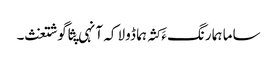
ساما ہما رنگ ءَ کثہ ہما ڈولا کہ آنہی پثا گوشتغث۔